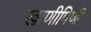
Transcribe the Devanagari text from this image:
खाणीपिणी